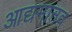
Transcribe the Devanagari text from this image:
आद्यमानव